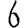
Digit: 6